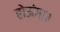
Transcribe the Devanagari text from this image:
होऊंगा।